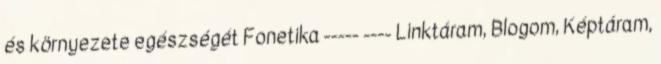
és környezete egészségét Fonetika ----- ---- Linktáram, Blogom, Képtáram,